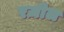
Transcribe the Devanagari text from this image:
रज़ील